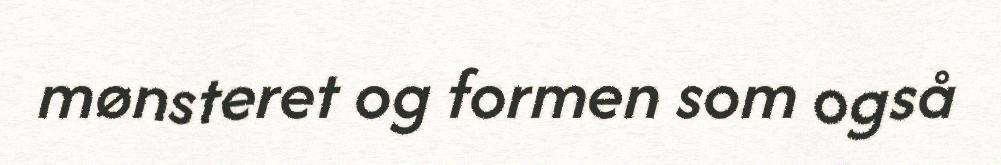
mønsteret og formen som også